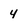
Character: 4